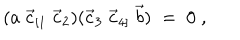
LaTeX: ( a \; \vec { c } _ { [ 1 } \; \vec { c } _ { 2 } ) ( \vec { c } _ { 3 } \; \vec { c } _ { 4 ] } \; \vec { b } ) \; = \; 0 \; ,